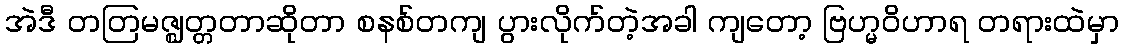
အဲဒီ တတြမဇ္ဈတ္တတာဆိုတာ စနစ်တကျ ပွားလိုက်တဲ့အခါ ကျတော့ ဗြဟ္မဝိဟာရ တရားထဲမှာ